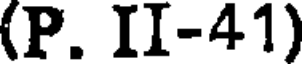
(P. II-41)